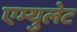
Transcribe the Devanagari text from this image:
एम्युलेट